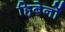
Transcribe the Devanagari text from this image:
हिबेर्नो